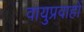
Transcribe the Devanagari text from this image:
वायुप्रवाहों